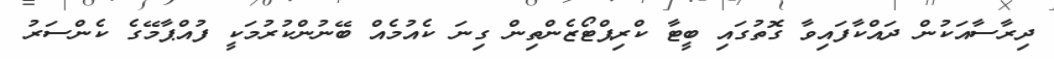
ދިރާސާއަކުން ދައްކާފައިވާ ގޮތުގައި ބީޓާ ކްރިޕްޓޯޒެންތިން ގިނަ ކެއުމެއް ބޭނުންކުރުމަކީ ފުއްޕާމޭގެ ކެންސަރު